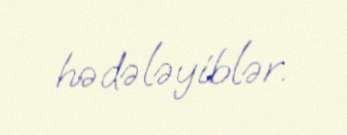
hədələyiblər.